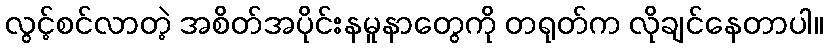
လွင့်စင်လာတဲ့ အစိတ်အပိုင်းနမူနာတွေကို တရုတ်က လိုချင်နေတာပါ။